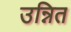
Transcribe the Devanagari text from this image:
उन्नित